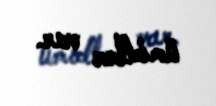
ümidlər var.